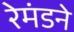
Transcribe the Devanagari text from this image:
रेमंडने